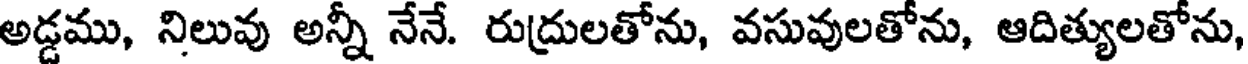
అడ్డము, నిలువు అన్నీ నేనే. రుద్రులతోను, వసువులతోను, ఆదిత్యులతోను,